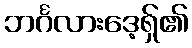
ဘင်္ဂလားဒေ့ရှ်၏